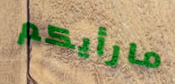
مارأيكم